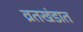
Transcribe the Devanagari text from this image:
व्रतखंडात